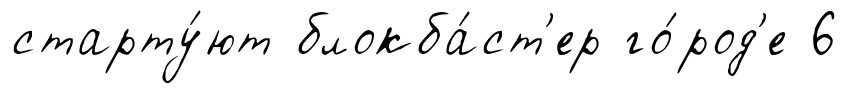
старту́ют блокба́ст'ер го́род'е 6